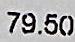
79.50